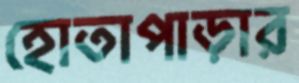
হোতাপাড়ার